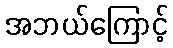
အဘယ်ကြောင့်